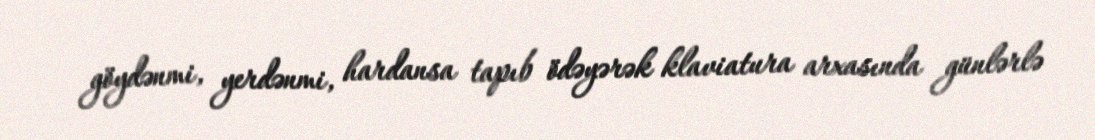
göydənmi, yerdənmi, hardansa tapıb ödəyərək klaviatura arxasında günlərlə